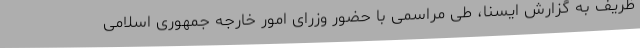
ظریف به گزارش ایسنا، طی مراسمی با حضور وزرای امور خارجه جمهوری اسلامی